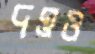
দত্তও